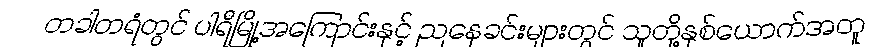
တခါတရံတွင် ပါရီမြို့အကြောင်းနှင့် ညနေခင်းများတွင် သူတို့နှစ်ယောက်အတူ